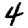
Digit: 4